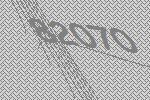
82070